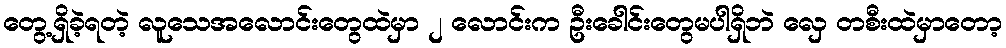
တွေ့ရှိခဲ့ရတဲ့ လူသေအလောင်းတွေထဲမှာ ၂ လောင်းက ဦးခေါင်းတွေမပါရှိဘဲ လှေ တစီးထဲမှာတော့